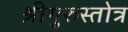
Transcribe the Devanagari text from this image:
श्रीगुरुस्तोत्र